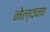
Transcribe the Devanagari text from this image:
नेल्वना